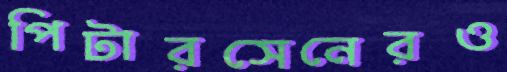
পিটারসেনেরও